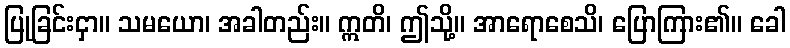
ပြုခြင်းငှာ။ သမယော၊ အခါတည်း။ ဣတိ၊ ဤသို့။ အာရောစေသိ၊ ပြောကြား၏။ ခေါ